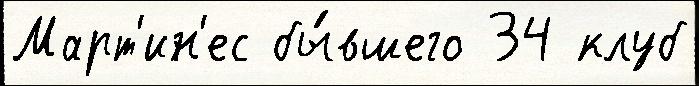
Март'ин'ес бы́вшего 34 клуб